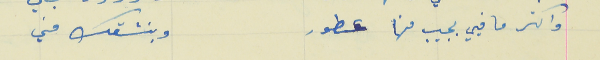
واكتر ما فيي بجيب منها عطور                                   وبنشقك مني